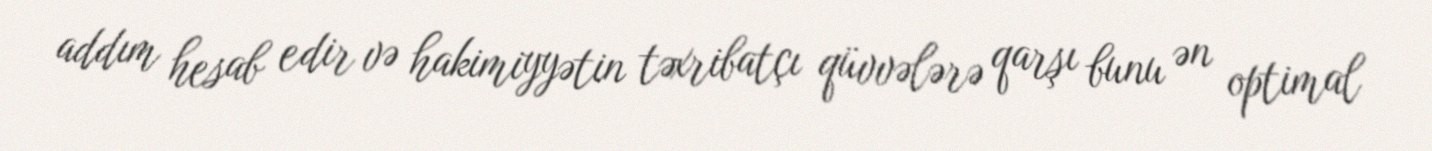
addım hesab edir və hakimiyyətin təxribatçı qüvvələrə qarşı bunu ən optimal